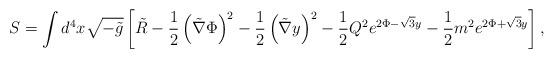
LaTeX: \begin{align*}S=\int d^4 x \sqrt{-\tilde{g}} \left[ \tilde{R} -\frac{1}{2} \left( \tilde{\nabla} \Phi \right)^2 -\frac{1}{2} \left( \tilde{\nabla} y \right)^2 -\frac{1}{2} Q^2 e^{2\Phi -\sqrt{3}y} -\frac{1}{2} m^2 e^{2\Phi +\sqrt{3}y} \right] ,\end{align*}